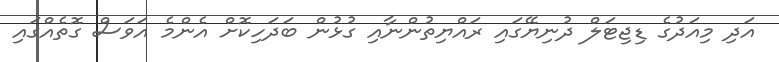
އަދި މިއަދުގެ ޑިޖިޓަލް ދުނިޔޭގައި ރައްޔިތުންނާއި ގުޅުން ބަދަހިކޮށް އެންމެ އަވަސް ގޮތެއްގައި